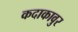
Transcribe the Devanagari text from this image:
कदाकावुर